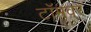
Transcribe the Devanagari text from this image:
टॉमवर